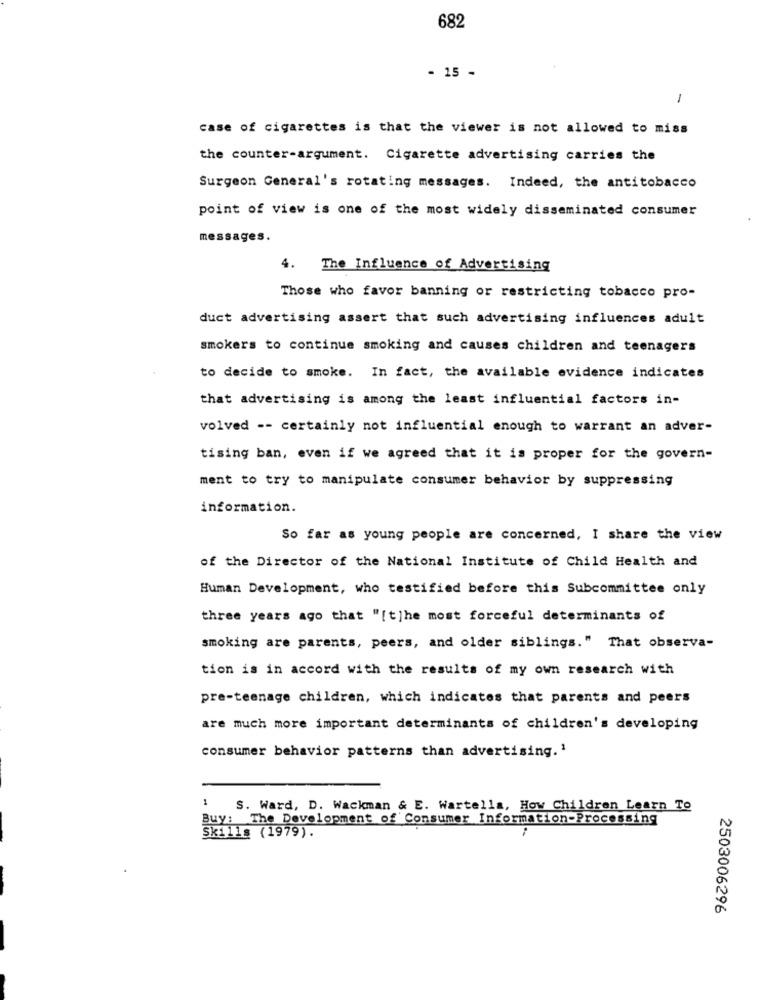
682
- 15 -
1
case of cigarettes is that the viewer is not allowed to miss
the counter-argument. Cigarette advertising carries the
Surgeon General's rotating messages. Indeed, the antitobacco
point of view is one of the most widely disseminated consumer
messages.
4. The Influence of Advertising
Those who favor banning or restricting tobacco pro-
duct advertising assert that such advertising influences adult
smokers to continue smoking and causes children and teenagers
to decide to smoke. In fact, the available evidence indicates
that advertising is among the least influential factors in-
volved -- certainly not influential enough to warrant an adver-
tising ban, even if we agreed that it is proper for the govern-
ment to try to manipulate consumer behavior by suppressing
information.
So far as young people are concerned, I share the view
of the Director of the National Institute of Child Health and
Human Development, who testified before this Subcommittee only
three years ago that "[t]he most forceful determinants of
smoking are parents, peers, and older siblings." That observa-
tion is in accord with the results of my own research with
pre-teenage children, which indicates that parents and peers
are much more important determinants of children's developing
consumer behavior patterns than advertising.'
S. Ward, D. Wackman & E. Wartella, How Children Learn To
Buy: The Development of Consumer Information-Processing
Skills (1979).
2503006296